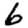
Digit: 6